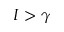
I > \gamma